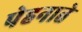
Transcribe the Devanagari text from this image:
पेहनाते